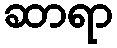
ဆာရာ